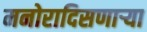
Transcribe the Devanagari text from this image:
मनोरादिसणार्‍या